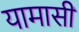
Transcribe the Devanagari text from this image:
यामासी